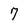
Character: 7